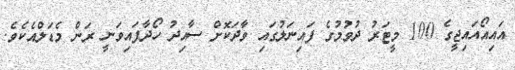
އައިއޯއައިޖީގެ 100 މީޓަރު ދުވުމުގެ ފައިނަލުގައި ވާދަކޮށް ސާއިދު ހޯދާފައިވަނީ ރަން މެޑަލްއެކެވެ.